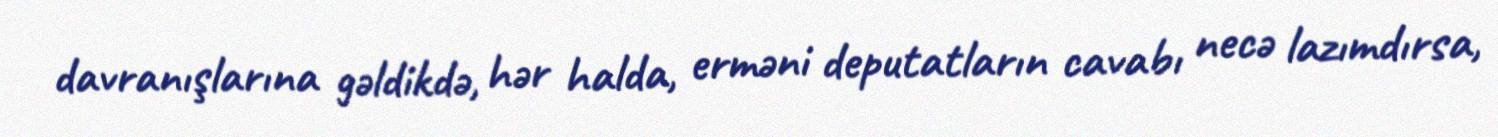
davranışlarına gəldikdə, hər halda, erməni deputatların cavabı necə lazımdırsa,